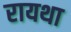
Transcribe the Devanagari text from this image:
रायथा